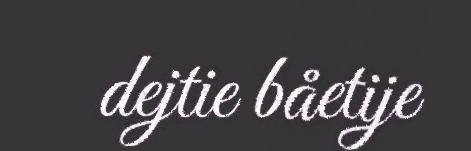
dejtie båetije